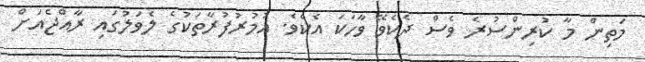
މަތިން މާ ކުރިންސުރެ ވެސް ދެކެވޭ ވާހަކަ އެކެވެ. އުމުރުފުރާތަކުގެ ލެވަލުގައި ރާއްޖެއަށް